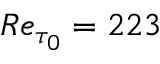
{ R e } _ { \tau _ { 0 } } = 2 2 3